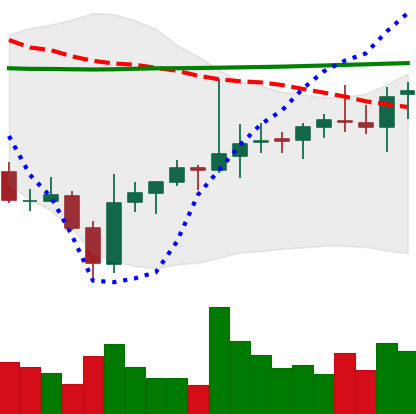
Ticker: ADA-USD
Chart end date: 2021-08-04
Forward return: 7.343%
Label: up_7plus